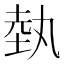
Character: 埶